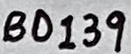
Text: BD139